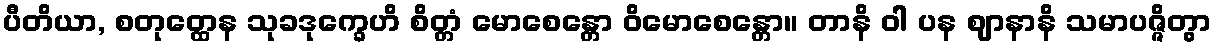
ပီတိယာ, စတုတ္ထေန သုခဒုက္ခေဟိ စိတ္တံ မောစေန္တော ဝိမောစေန္တော။ တာနိ ဝါ ပန ဈာနာနိ သမာပဇ္ဇိတွာ